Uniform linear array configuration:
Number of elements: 64
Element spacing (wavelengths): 0.75
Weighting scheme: blackman
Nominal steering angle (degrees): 0
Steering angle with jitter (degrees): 1.787
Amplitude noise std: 0.05
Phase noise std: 0.05

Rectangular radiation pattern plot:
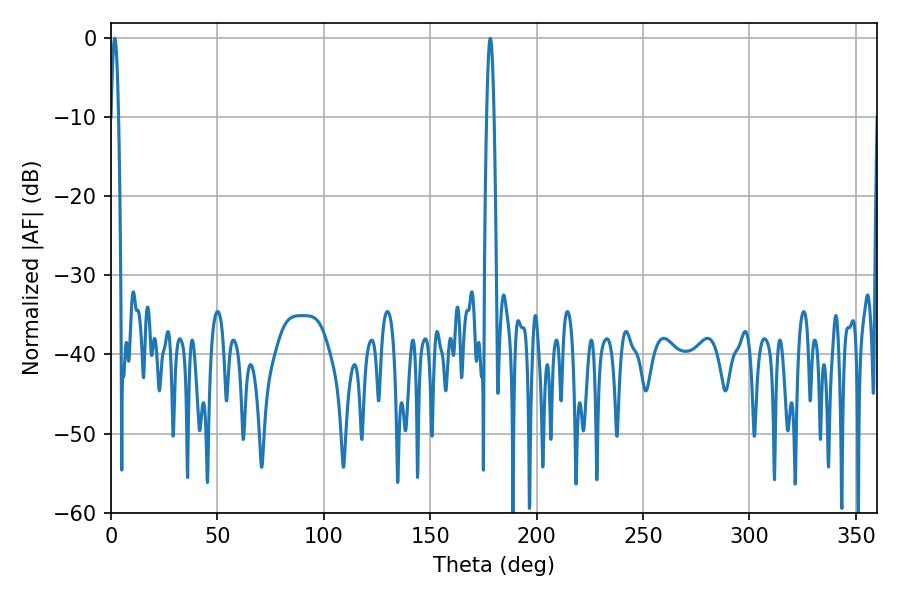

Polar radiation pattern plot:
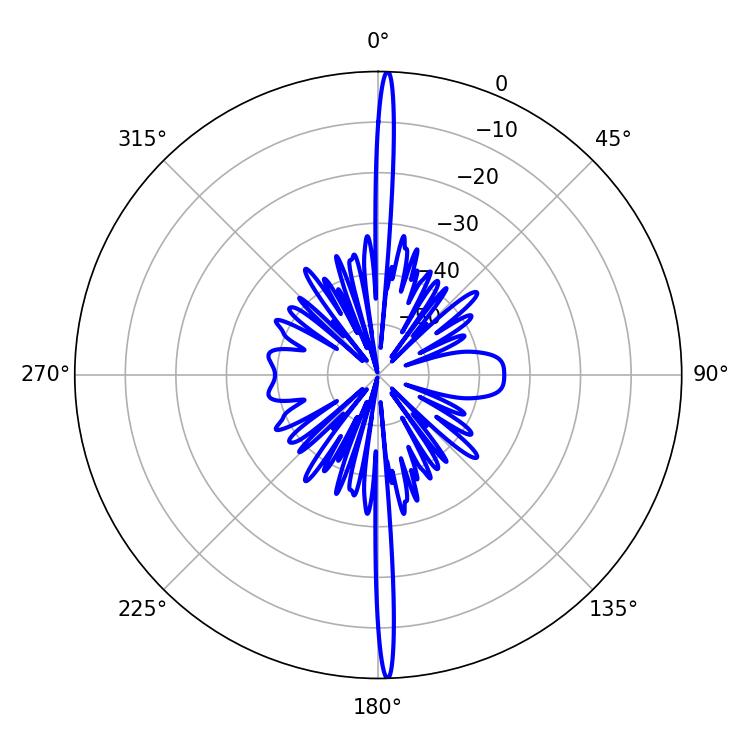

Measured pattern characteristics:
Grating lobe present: TRUE
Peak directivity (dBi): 29.387
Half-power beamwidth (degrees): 1.8
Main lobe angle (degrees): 178.2